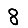
Digit: 8